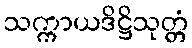
သက္ကာယဒိဋ္ဌိသုတ္တံ